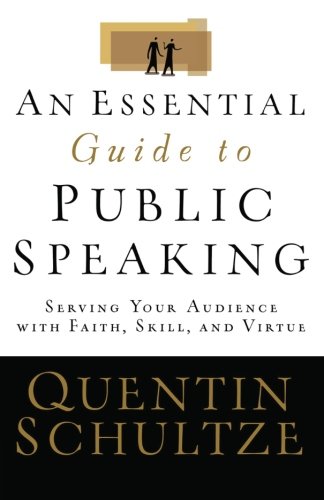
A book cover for An Essential Guide to Public Speaking: Serving Your Audience with Faith, Skill, and Virtue; Quentin Schultze; Reference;